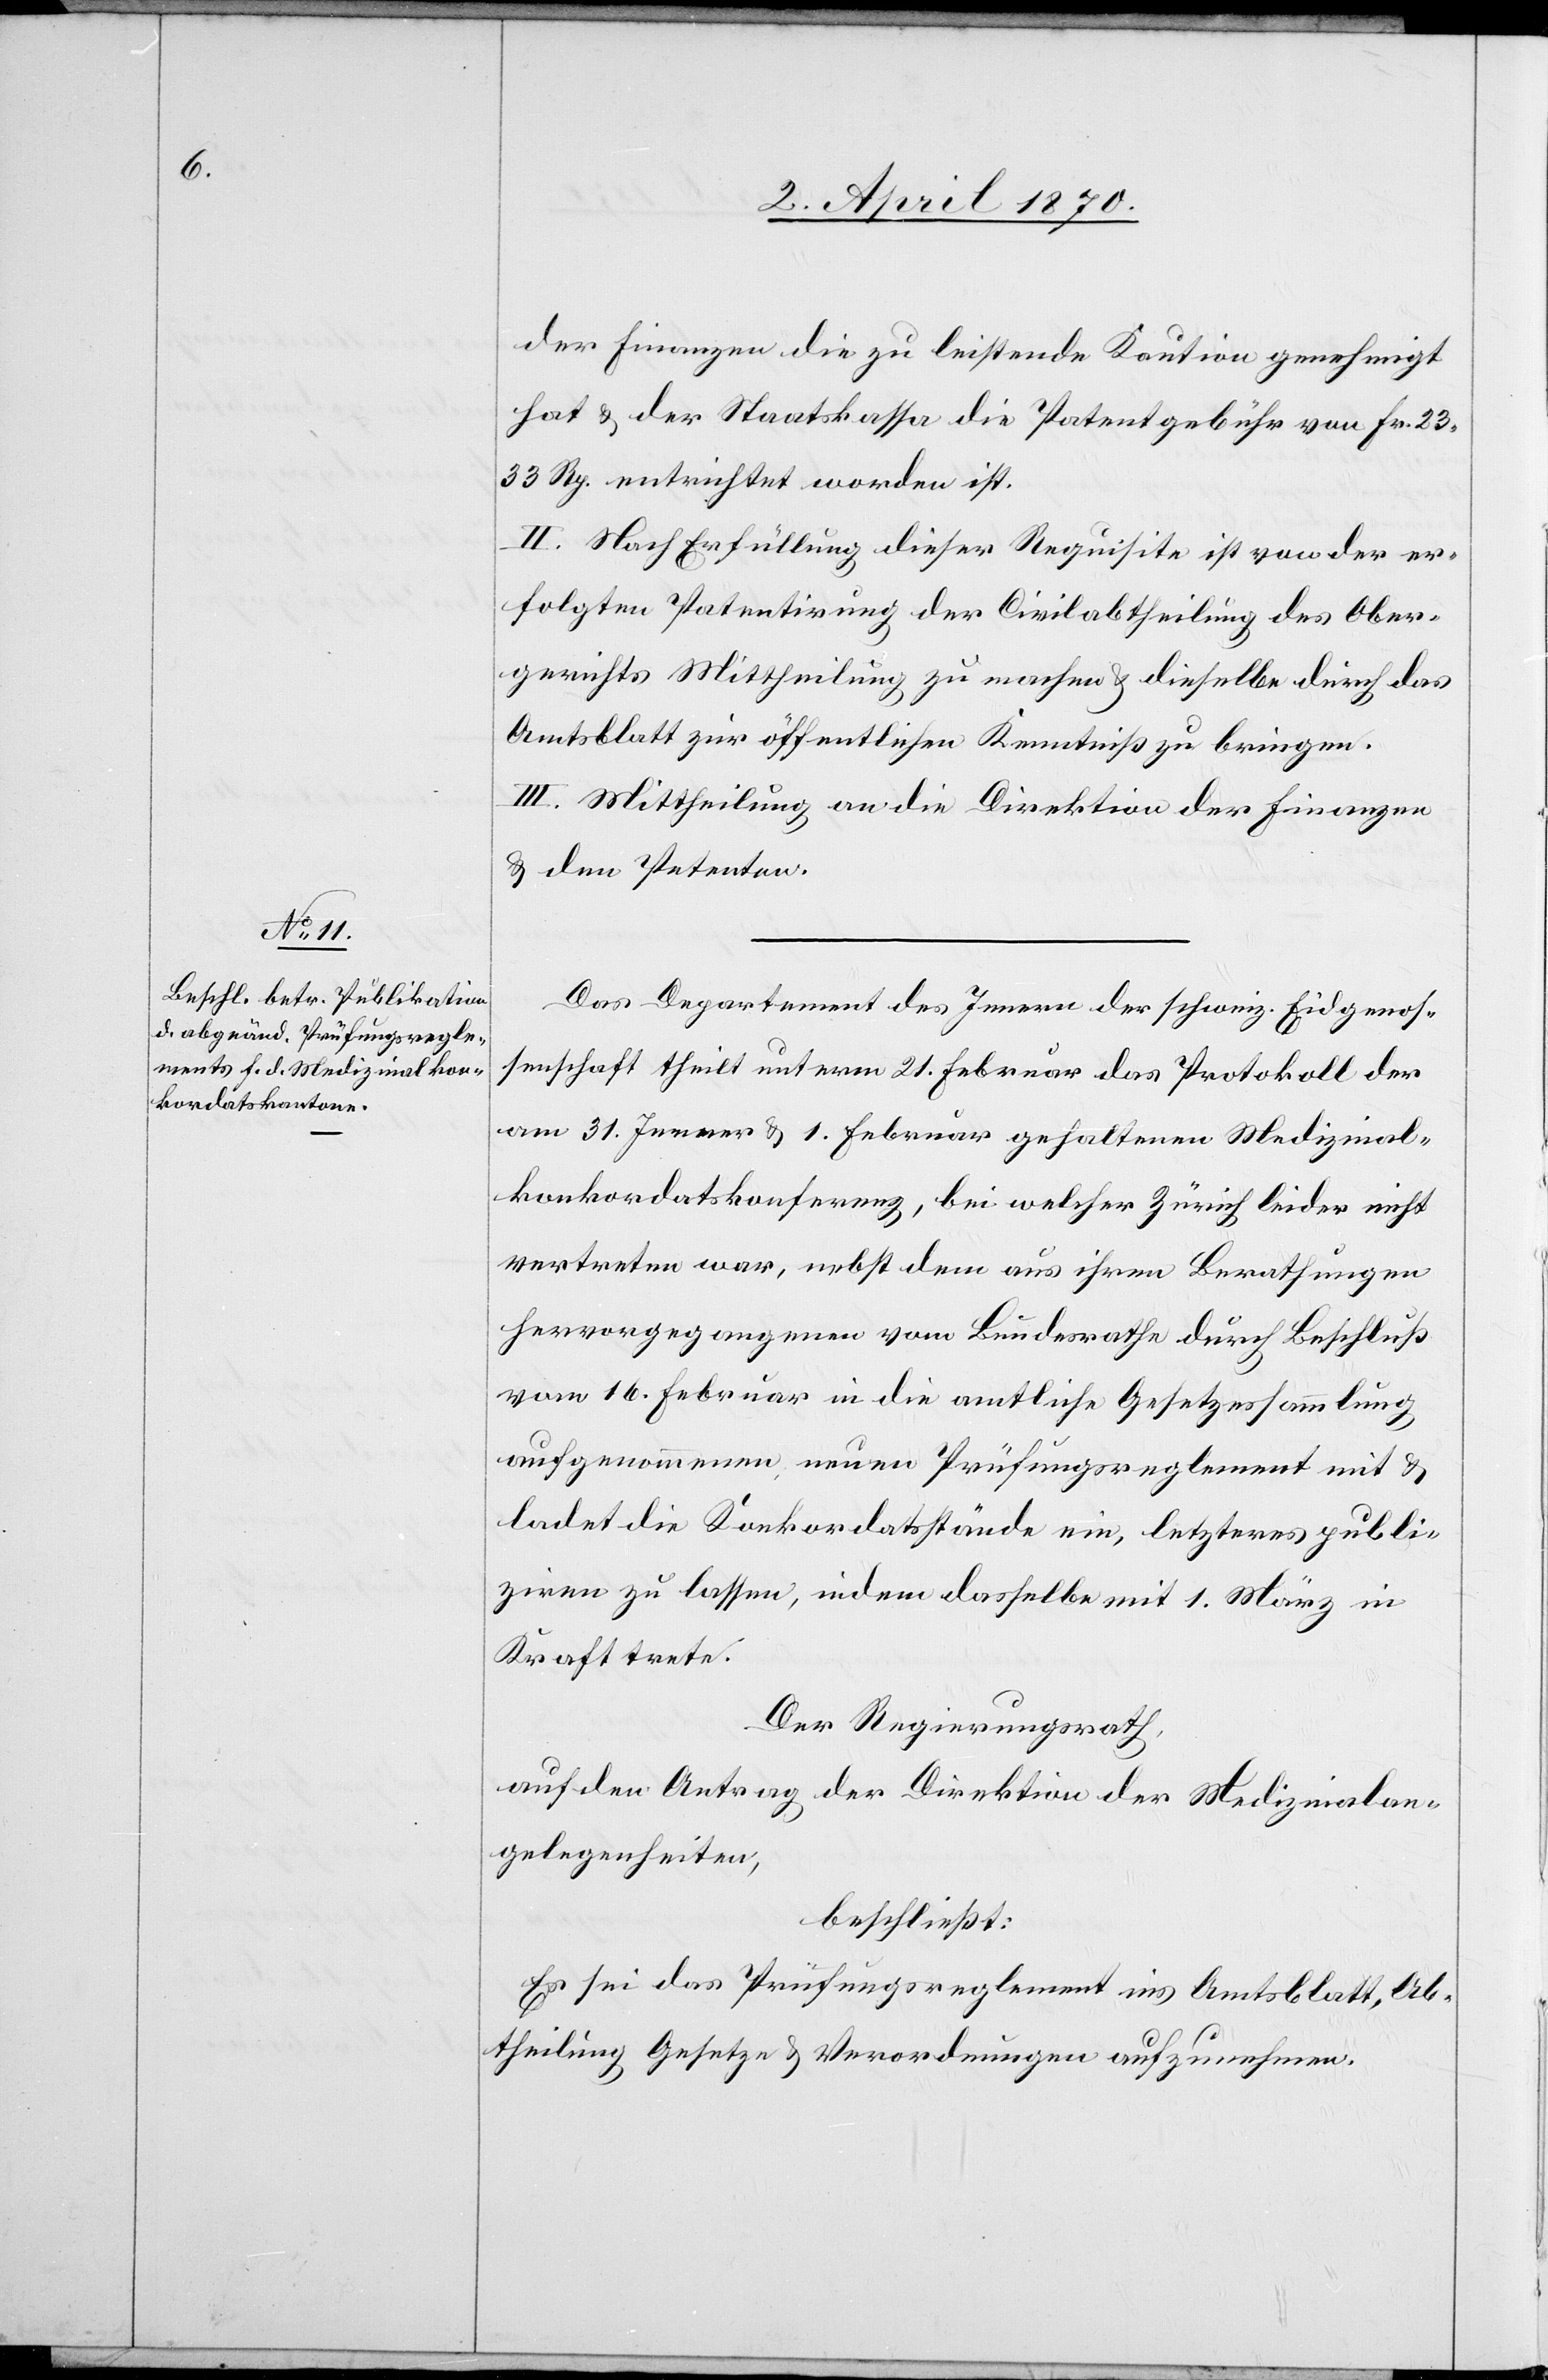
der Finanzen die zu leistende Kaution genehmigt
hat & der Staatskasse die Patentgebühr von Fr. 23
33 Rp. entrichtet worden ist.
II. Nach Erfüllung dieser Requisite ist von der er¬
folgten Patentirung der Civilabtheilung des Ober¬
gerichts Mittheilung zu machen & dieselbe durch das
Amtsblatt zur öffentlichen Kenntniß zu bringen.
III. Mittheilung an die Direktion der Finanzen
& dem Petenten.
Das Departement des Innern der schweiz. Eidgenos¬
senschaft theilt unterm 21. Februar das Protokoll der
am 31. Jenner & 1. Februar gehaltenen Medizinal¬
konkordatskonferenz, bei welcher Zürich leider nicht
vertreten war, nebst dem aus ihren Berathungen
hervorgegangenen[,] vom Bundesrathe durch Beschluß
vom 16. Februar in die amtliche Gesetzessammlung
aufgenommenen neuen Prüfungsreglement mit &
ladet die Konkordatsstände ein, letzteres publi¬
ziren zu lassen, indem dasselbe mit 1. März in
Kraft trete.
Der Regierungsrath,
auf den Antrag der Direktion der Medizinalan¬
gelegenheiten,
beschließt:
Es sei das Prüfungsreglement ins Amtsblatt, Ab¬
theilung Gesetze & Verordnungen aufzunehmen.